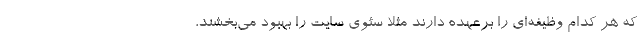
که هر کدام وظیفه‌ای را برعهده دارند مثلا سئوی سایت را بهبود می‌بخشند،